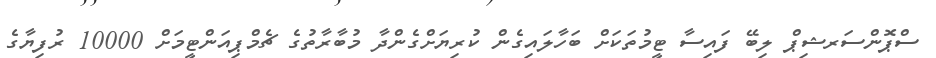
ސްޕޮންސަރޝިޕް ލިބޭ ފައިސާ ޓީމުތަކަށް ބަހާލައިގެން ކުރިޔަށްގެންދާ މުބާރާތުގެ ޗެމްޕިއަންޓީމަށް 10000 ރުފިޔާގެ